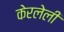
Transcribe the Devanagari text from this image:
केरलेली